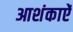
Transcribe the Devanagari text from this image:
आशंकाऐं